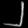
Digit: ၂